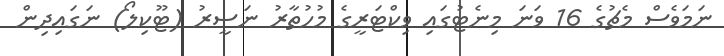
ނަމަވެސް މެޗުގެ 16 ވަނަ މިނެޓުގައި ވިކްޓަރީގެ މުހުތާރު ނަސީރު (ޓޫކިލޯ) ނަގައިދިން